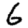
Digit: 6